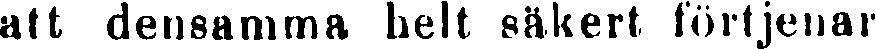
att densamma helt säkert förtjenar